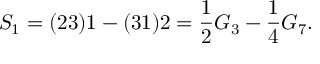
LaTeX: S _ { 1 } = ( 2 3 ) 1 - ( 3 1 ) 2 = { \frac { 1 } { 2 } } G _ { 3 } - { \frac { 1 } { 4 } } G _ { 7 } .